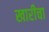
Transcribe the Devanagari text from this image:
खारीचा